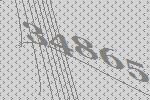
34865